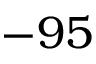
- 9 5